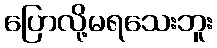
ပြောလို့မရသေးဘူး